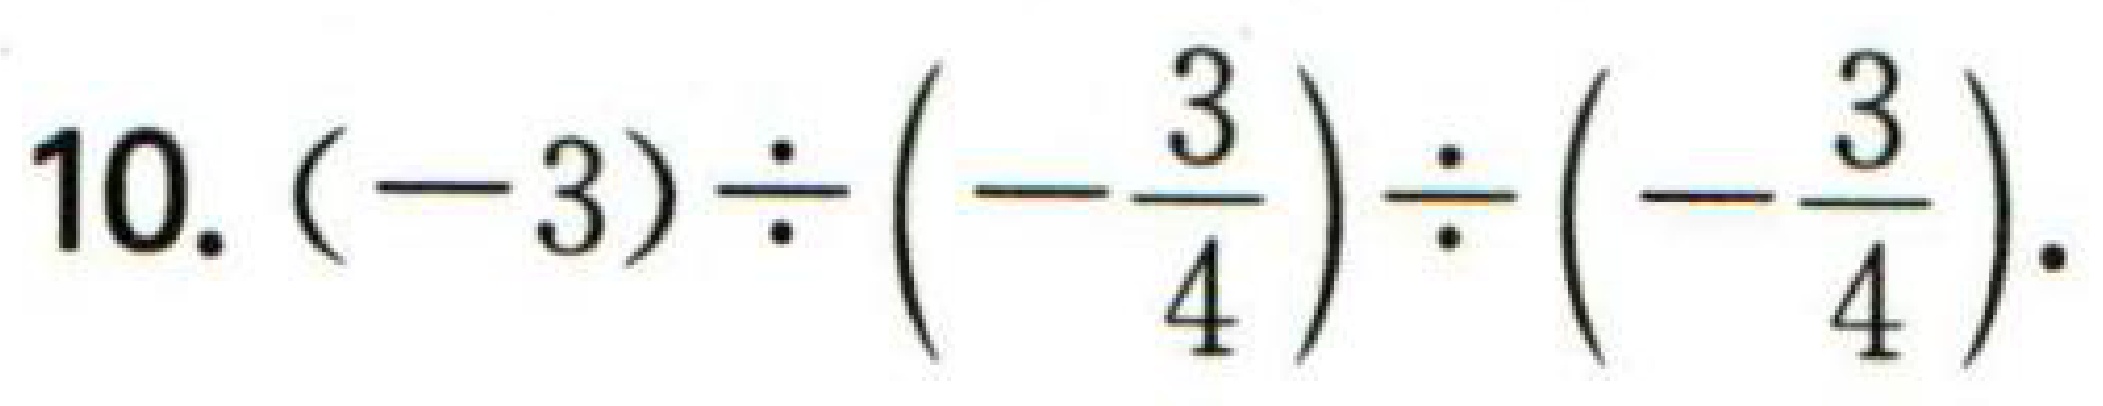
$10.(-3)\div\left(-\dfrac{3}{4}\right)\div\left(-\dfrac{3}{4}\right).$